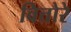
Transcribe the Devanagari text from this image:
वित्तोरे